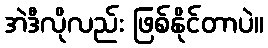
အဲဒီလိုလည်း ဖြစ်နိုင်တာပဲ။